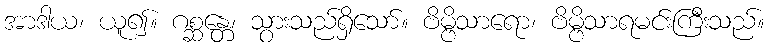
အာဒါယ၊ ယူ၍။ ဂစ္ဆန္တေ၊ သွားသည်ရှိသော်။ ဗိမ္ဗိသာရော၊ ဗိမ္ဗိသာရမင်းကြီးသည်။